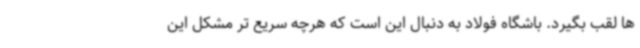
ها لقب بگیرد. باشگاه فولاد به دنبال این است که هرچه سریع تر مشکل این